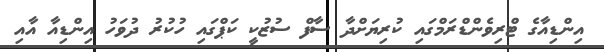
އިންޑިއާގެ ޓްރިވެންޑްރަމްގައި ކުރިޔަށްދާ ސާފް ސުޒުކީ ކަޕްގައި ހުކުރު ދުވަހު އިންޑިއާ އާއި